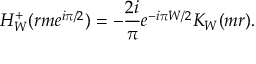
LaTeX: H _ { W } ^ { + } ( r m e ^ { i \pi / 2 } ) = - \frac { 2 i } { \pi } e ^ { - i \pi W / 2 } K _ { W } ( m r ) .